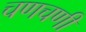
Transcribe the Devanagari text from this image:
चणचणी